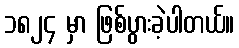
၁၈၂၄ မှာ ဖြစ်ပွားခဲ့ပါတယ်။